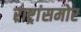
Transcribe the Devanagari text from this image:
राष्ट्रांसमोर